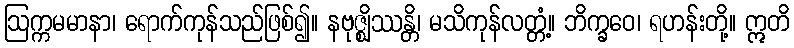
ဩက္ကမမာနာ၊ ရောက်ကုန်သည်ဖြစ်၍။ နဗုဇ္ဈိဿန္တိ၊ မသိကုန်လတ္တံ့။ ဘိက္ခဝေ၊ ရဟန်းတို့။ ဣတိ